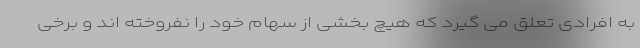
به افرادی تعلق می گیرد که هیچ بخشی از سهام خود را نفروخته اند و برخی